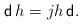
LaTeX: \begin{align*} {\sf d} \, h = jh \, {\sf d}.\end{align*}